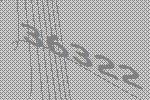
36322